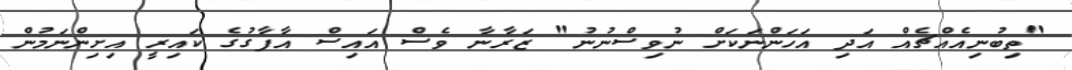
"ތިބުނިއެއްޗެއް އަދި އަހަންނަކަށް ނުވިސްނުނު" ޒަރާނާ ވެސް އައިސް އާފާގުގެ ކައިރީ އިށިންނަމުން